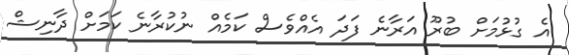
އެ ގުޅުމަށް ބުރޫ އަރާނެ ފަދަ އެއްވެސް ކަމެއް ނުކުރާނެ ކަމަށް ދާނިޝް